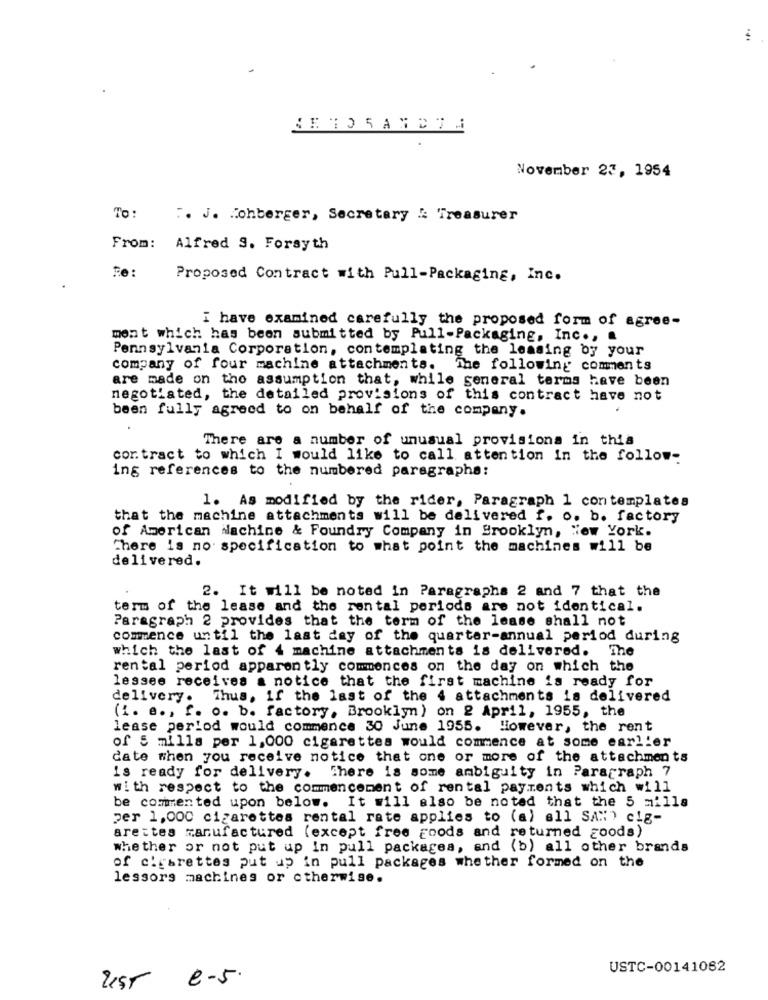
...
RETORAND IM
November 27, 1954
To:
T. J. Tohberger, Secretary : Treasurer
From: Alfred 9. Forsyth
Proposed Contract with Pull-Packaging, Inc.
i have examined carefully the proposed form of agree-
mont which has been submitted by Pull-Packaging, Inc ., .
Pennsylvania Corporation, contemplating the leasing by your
company of four machine attachments. The following comments
are made on the assumption that, while general terms have been
negotiated, the detailed provisions of this contract have not
been fully agreed to on behalf of the company.
There are a number of unusual provisions in this
cor. tract to which I would like to call attention in the follow-
ing references to the numbered paragraphe:
1. As modified by the rider, Paragraph 1 contemplates
that the machine attachments will be delivered f. o. b. factory
of American Nachine & Foundry Company in Brooklyn, New York.
There is no specification to what point the machines will be
delivered.
2. It will be noted in Paragraphs 2 and 7 that the
term of the lease and the rental periods are not identical.
Paragraph 2 provides that the term of the lease shall not
commence until the last day of the quarter-annual period during
which the last of 4 machine attachments is delivered. The
rental period apparently commences on the day on which the
lessee receives a notice that the first machine is ready for
delivery. Thus, if the last of the 4 attachments is delivered
(i. e ., f. o. b. factory, Brooklyn ) on 2 April, 1955, the
lease period would commence 30 June 1955. However, the rent
of 5 mills per 1,000 cigarettes would commence at some earlier
date when you receive notice that one or more of the attachments
is ready for delivery.
There is some ambiguity in Paragraph 7
with respect to the commencement of rental payments which will
be commented upon below.
It will also be noted that the 5 milla
per 1,000 cigarettes rental rate applies to (a) all SAN) clg-
arettes manufactured (except free goods and returned goods)
whether or not put up in pull packages, and (b) all other brands
of ciebrettes put up in pull packages whether formed on the
lessors machines or otherwise.
USTC-00141062
UST
e-5.